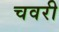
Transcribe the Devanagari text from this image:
चवरी